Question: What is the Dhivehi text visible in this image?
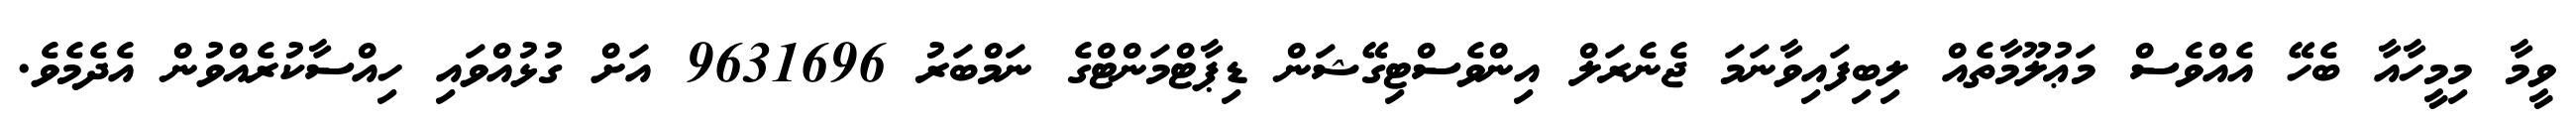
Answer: ވީމާ މިމީހާއާ ބެހޭ އެއްވެސް މަޢުލޫމާތެއް ލިބިފައިވާނަމަ ޖެނެރަލް އިންވެސްޓިގޭޝަން ޑިޕާޓްމަންޓްގެ ނަމްބަރު 9631696 އަށް ގުޅުއްވައި ހިއްސާކުރެއްވުން އެދެމެވެ.